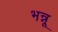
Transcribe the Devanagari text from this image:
भन्नू